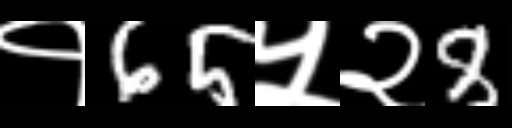
Text: १65५२8